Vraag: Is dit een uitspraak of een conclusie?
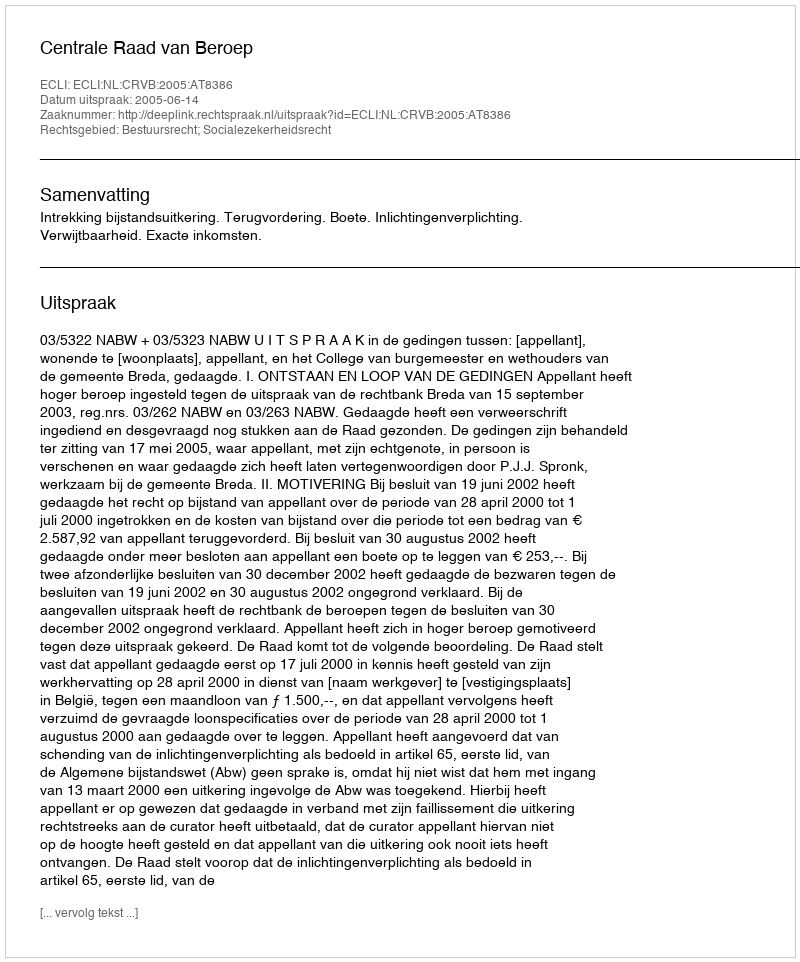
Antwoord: Uitspraak